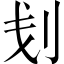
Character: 刬